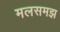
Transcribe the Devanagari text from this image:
मलसमझ